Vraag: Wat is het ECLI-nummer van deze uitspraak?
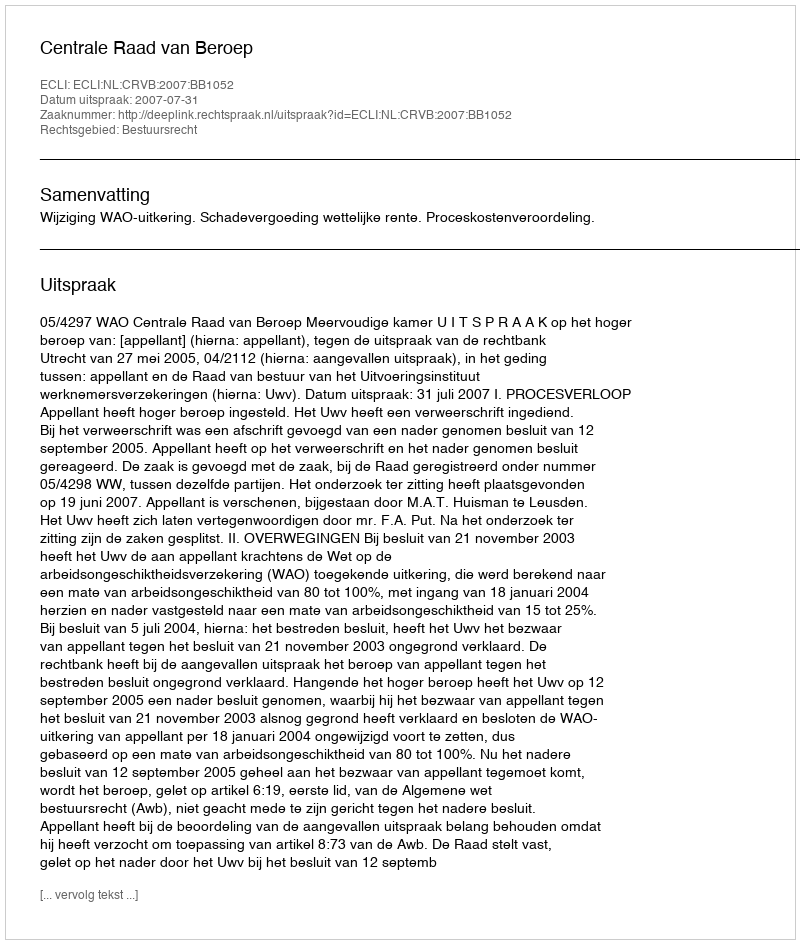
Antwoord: ECLI:NL:CRVB:2007:BB1052